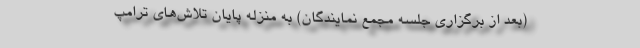
(بعد از برگزاری جلسه مجمع نمایندگان) به منزله پایان تلاش‌های ترامپ